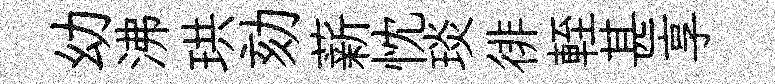
幼沸珙劾薪忱琰徘輊甚享